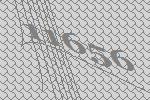
11656